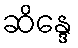
ဆိန္ဒေ